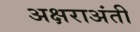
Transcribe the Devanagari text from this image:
अक्षराअंती